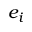
e _ { i }